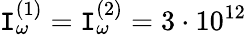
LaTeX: \mathtt{I}_{\omega}^{(1)}=\mathtt{I}_{\omega}^{(2)}=3\cdot10^{12}